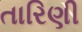
તારિણી